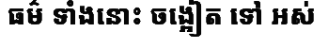
ធម៌ ទាំងនោះ ចង្អៀត ទៅ អស់